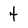
Character: 4